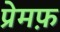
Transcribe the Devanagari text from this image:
प्रेमफ़